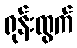
ရုန်းထွက်